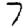
Digit: 7